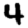
Digit: 4